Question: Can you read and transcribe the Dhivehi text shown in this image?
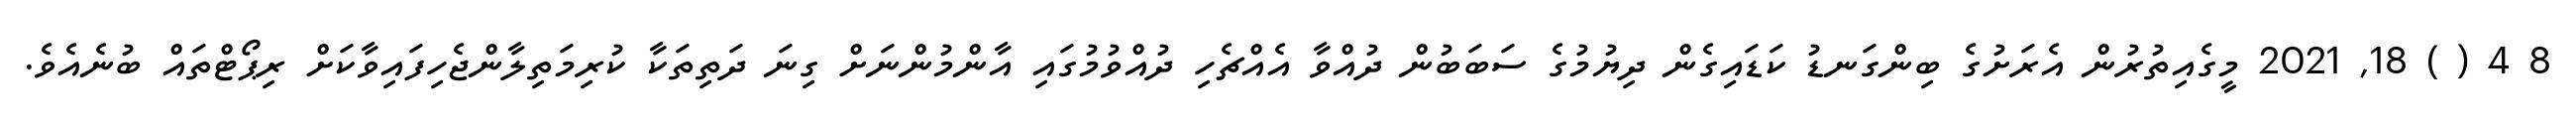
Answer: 8 4 ( ) 18, 2021 މީގެއިތުރުން އެރަށުގެ ބިންގަނޑު ކަޑައިގެން ދިޔުމުގެ ސަބަބުން ދުއްވާ އެއްޗެހި ދުއްވުމުގައި އާންމުންނަށް ގިނަ ދަތިތަކާ ކުރިމަތިލާންޖެހިފައިވާކަށް ރިޕޯޓްތައް ބުނެއެވެ.